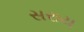
સરાય